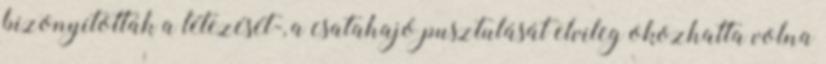
bizonyították a létezését-, a csatahajó pusztulását elvileg okozhatta volna